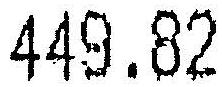
449.82